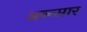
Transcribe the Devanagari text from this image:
अन्न्सार